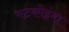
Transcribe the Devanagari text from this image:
भटकोइंया